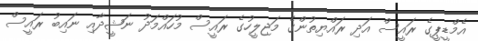
އެމްޑީޕީގެ ރައީސް އަދި ރައްޔިތުންގެ މަޖިލީހުގެ ރައީސް މުހައްމަދު ނަޝީދާއި ނައިބު ރައީސް